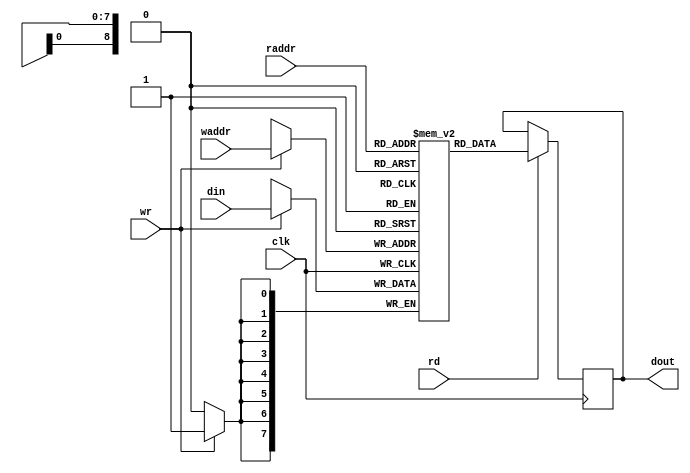

module bram #(
    parameter DW = 8,
    parameter AW = 9
) (
    input                   clk,
    input                   rd,
    input       [AW-1:0]    raddr,
    input                   wr,
    input       [AW-1:0]    waddr,
    input       [DW-1:0]    din,
    output reg  [DW-1:0]    dout
);

    reg [DW-1:0] ram [2**AW-1:0];

    always @(posedge clk) begin
        if (rd)
            dout <= ram[raddr];
        if (wr)
            ram[waddr] <= din;
    end

endmodule